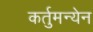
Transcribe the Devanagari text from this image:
कर्तुमन्येन